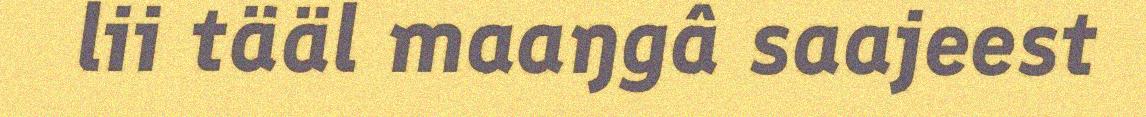
lii tääl maaŋgâ saajeest